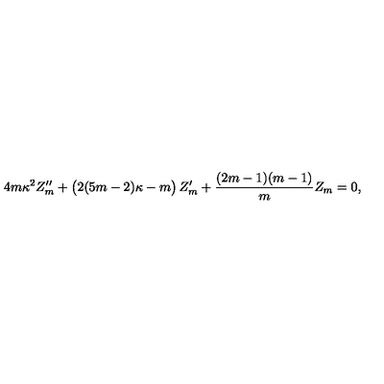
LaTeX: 4 m \kappa ^ { 2 } Z _ { m } ^ { \prime \prime } + \left( \strut 2 ( 5 m - 2 ) \kappa - m \right) Z _ { m } ^ { \prime } + { \frac { ( 2 m - 1 ) ( m - 1 ) } { m } } Z _ { m } = 0 ,